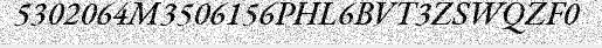
5302064M3506156PHL6BVT3ZSWQZF0